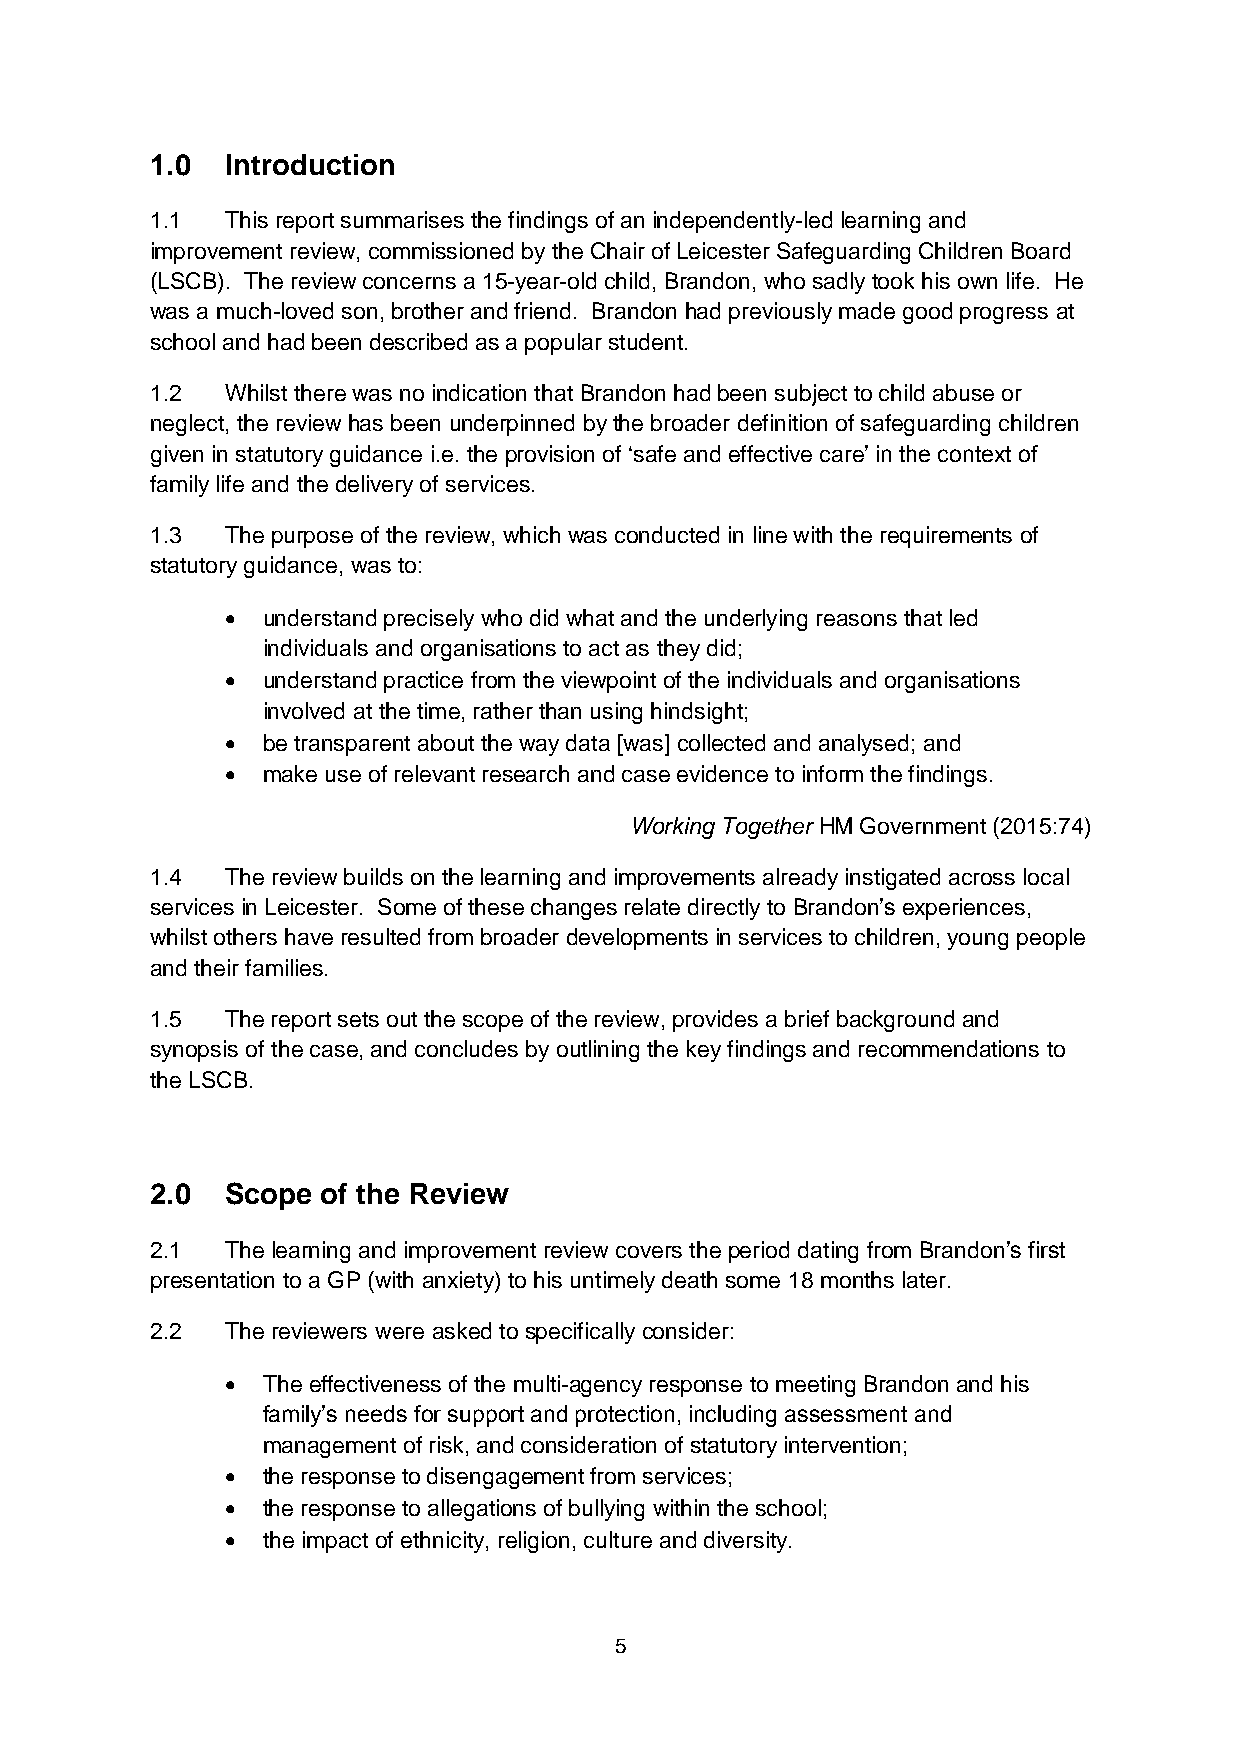
1.0  Introduction
 1.1  This report summarises the findings of an independently-led learning and
 improvement review, commissioned by the Chair of Leicester Safeguarding Children Board
 (LSCB). The review concerns a 15-year-old child, Brandon, who sadly took his own life. He
 was a much-loved son, brother and friend. Brandon had previously made good progress at
 school and had been described as a popular student.
 1.2  Whilst there was no indication that Brandon had been subject to child abuse or
 neglect, the review has been underpinned by the broader definition of safeguarding children
 given in statutory guidance i.e. the provision of ‘safe and effective care’ in the context of
 family life and the delivery of services.
 1.3  The purpose of the review, which was conducted in line with the requirements of
 statutory guidance, was to:
  understand precisely who did what and the underlying reasons that led
 individuals and organisations to act as they did;
  understand practice from the viewpoint of the individuals and organisations
 involved at the time, rather than using hindsight;
  be transparent about the way data [was] collected and analysed; and
  make use of relevant research and case evidence to inform the findings.
 Working Together HM Government (2015:74)
 1.4  The review builds on the learning and improvements already instigated across local
 services in Leicester. Some of these changes relate directly to Brandon’s experiences,
 whilst others have resulted from broader developments in services to children, young people
 and their families.
 1.5  The report sets out the scope of the review, provides a brief background and
 synopsis of the case, and concludes by outlining the key findings and recommendations to
 the LSCB.
 2.0  Scope of the Review
 2.1  The learning and improvement review covers the period dating from Brandon’s first
 presentation to a GP (with anxiety) to his untimely death some 18 months later.
 2.2  The reviewers were asked to specifically consider:
  The effectiveness of the multi-agency response to meeting Brandon and his
 family’s needs for support and protection, including assessment and
 management of risk, and consideration of statutory intervention;
  the response to disengagement from services;
  the response to allegations of bullying within the school;
  the impact of ethnicity, religion, culture and diversity.
 5